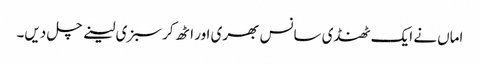
اماں نے ایک ٹھنڈی سانس بھری اور اٹھ کر سبزی لینے چل دیں۔